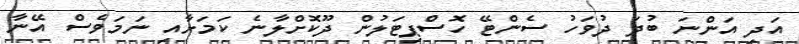
އަދި އަންނަ ބުދަ ދުވަހު ސެންޓޭ ހޮސްޕިޓަލުން ދޫކޮށްލާނެ ކަމަށާއި ނަމަވެސް އޭނާ